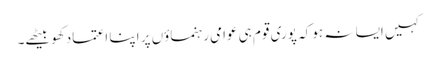
کہیں ایسا نہ ہو کہ پوری قوم ہی عوامی رہنماؤں پر اپنا اعتماد کھو بیٹھے۔